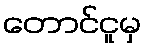
တောင်ငူမှ